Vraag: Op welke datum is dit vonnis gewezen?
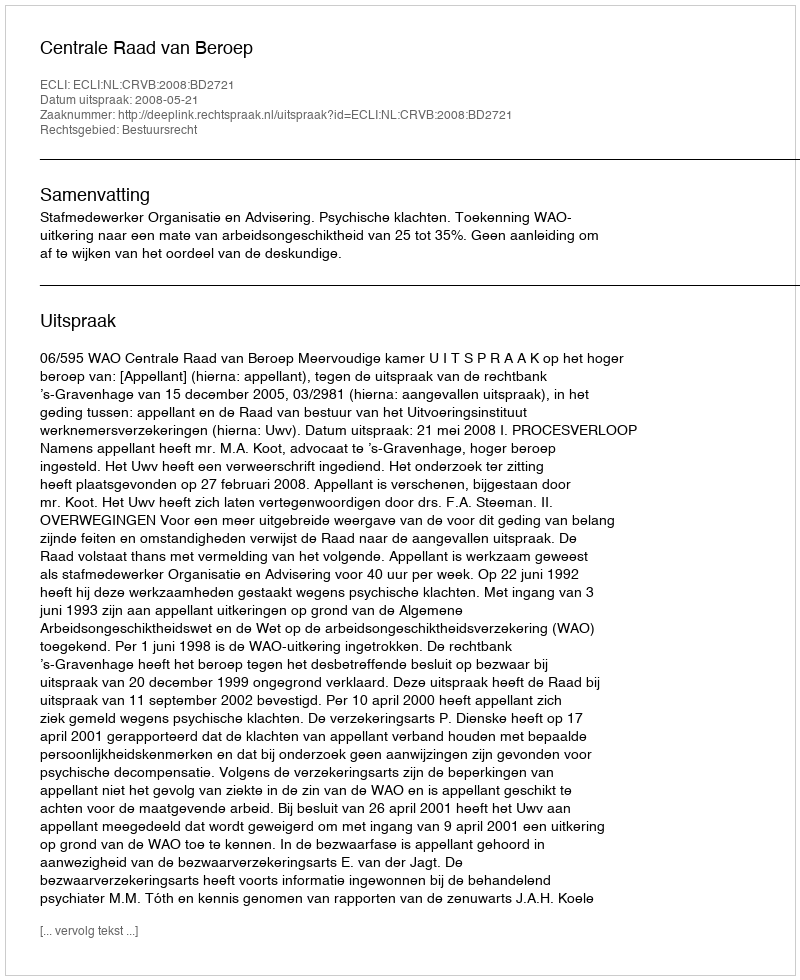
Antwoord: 2008-05-21